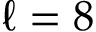
\ell = 8